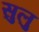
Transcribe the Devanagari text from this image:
सुलु